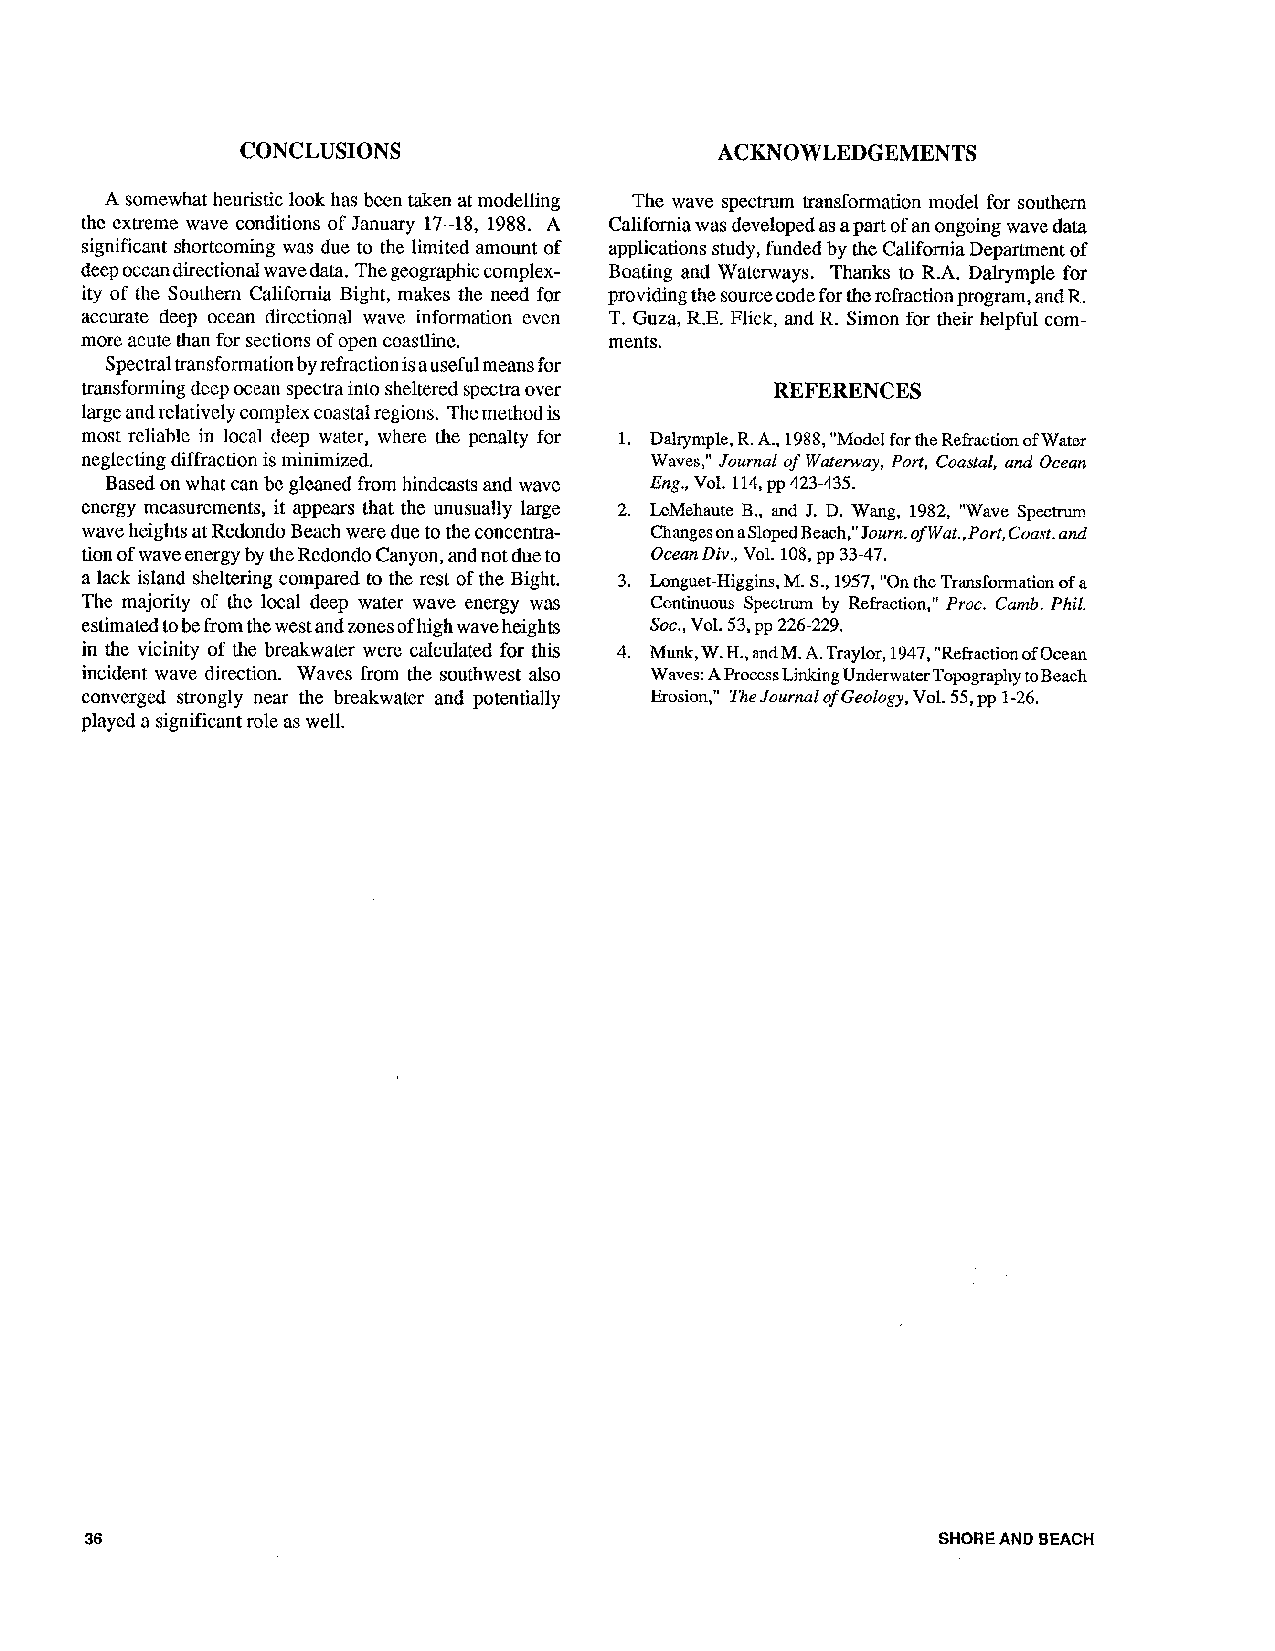
CONCLUSIONS                     ACKNOWLEDGEMENTS
 A somewhat heuristic look has been taken at modelling The wave spectrum transformation model for southcrn
 the extreme wave conditions of January 17-18, 1988. A California was developed as a part of an ongoing wave data
 significant shortcoming was due to the limited amount of applications study, funded by the California Department of
 deep ocean directional wave data. The geographic complex- Boating and Waterways. Thanks to R.A. Dalrymple for
 ity of the Southern California Bight, makes the need for providing the source code for the refraction program, and R.
 accurate deep ocean directional wave information even T. Guza, R.E. Flick, and R. Simon for their helpful com-
 more acute than for sections of open coastlinc. ments.
 Spectral transformation by refraction is auseful means lor
 transforming deep ocean spectra into sheltered spectra over REFERENCES
 large and relatively complex coastal regions. The method is
 most reliable in local deep watcr, where the penalty for 1. Dalrymple, R. A., 1988, "Model for the Refraction of Water
 neglecting diffraction is minimized.  Waves," Journal of Waterway, Port, Coastal, and Ocean
 Based on what can be gleaned from hindcasts and wave Eng., Vol. 114, pp 423-435.
 energy measurements, it appears that the unusually large 2. LeMehaute B., and J. D. Wang, 1982, "Wave Spcctrurn
 wave heights at Redondo Beach were due to the concentra- Changes on a SlopcdBcach," Journ. of Wat.,Port, Coast. and
 tion of wave energy by the Redondo Canyon, and not due to Ocean Div.,V ol. 108, pp 33-47.
 a lack island sheltering compared to the rest of the Bight. 3. Longuet-Higgins, M. S., 1957, "On the Transformation of a
 The majority of the local deep water wave energy was Continuous Spectrum by Refraction," Proc. Camb. Phil.
 estimated to be from the west and zones of high wave heights SOC.,V ol. 53, pp 226-229.
 in the vicinity of thc breakwater wcrc calculated for this 4. Munk, W. H., andM. A. Traylor, 1947, "Refraction of Ocean
 incident wave direction. Waves from the southwest also Waves: A Process Linking Underwater Topography toBeach
 converged strongly near the breakwater and potentially Erosion," The Journal of Geology, Vol. 55, pp 1-26.
 played a significant role as well.
 SHORE AND BEACH